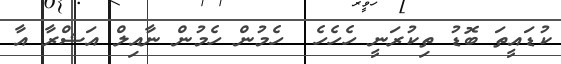
ކުޑައީތަ ބޮޑު ތިކުރަނީ ހެހެހެ  ހެމުން ހެމުން ނާއިލް އަޝްރާ އާ